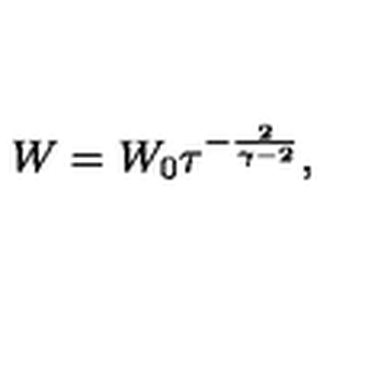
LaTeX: W = W _ { 0 } \tau ^ { - { \frac { 2 } { \gamma - 2 } } } ,